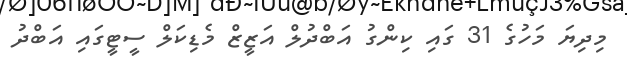
މިދިޔަ މަހުގެ 31 ގައި ކިންގު އަބްދުލް އަޒީޒް މެޑިކަލް ސީޓީގައި އަބްދު